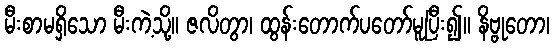
မီးစာမရှိသော မီးကဲ့သို့။ ဇလိတွာ၊ ထွန်းတောက်ပတော်မူပြီး၍။ နိဗ္ဗုတော၊